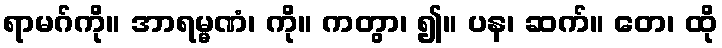
ရာမဂ်ကို။ အာရမ္မဏံ၊ ကို။ ကတွာ၊ ၍။ ပန၊ ဆက်။ တေ၊ ထို